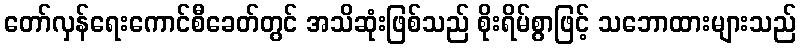
တော်လှန်ရေးကောင်စီခေတ်တွင် အသိဆုံးဖြစ်သည် စိုးရိမ်စွာဖြင့် သဘောထားများသည်